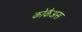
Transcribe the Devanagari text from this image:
कोकैअस